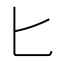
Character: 匕